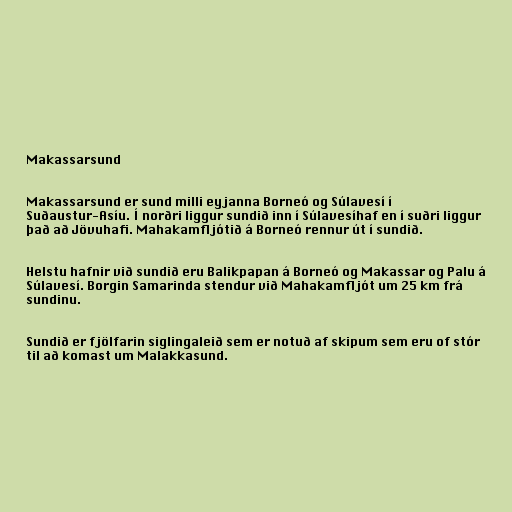
Makassarsund

Makassarsund er sund milli eyjanna Borneó og Súlavesí í
Suðaustur-Asíu. Í norðri liggur sundið inn í Súlavesíhaf en í suðri liggur
það að Jövuhafi. Mahakamfljótið á Borneó rennur út í sundið.

Helstu hafnir við sundið eru Balikpapan á Borneó og Makassar og Palu á
Súlavesí. Borgin Samarinda stendur við Mahakamfljót um 25 km frá
sundinu.

Sundið er fjölfarin siglingaleið sem er notuð af skipum sem eru of stór
til að komast um Malakkasund.